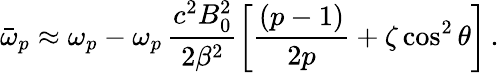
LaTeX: \bar{\omega}_{p}\approx\omega_{p}-\omega_{p}\, \frac{c^{2}B_{0}^{2}}{2\beta^{2}}\left[\frac{(p-1)}{2p}+\zeta\cos^{2}\theta\right]\, .